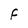
Character: F